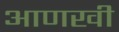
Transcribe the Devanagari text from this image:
अाणखी